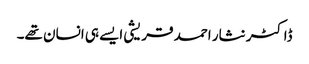
ڈاکٹر نثار احمد قریشی ایسے ہی انسان تھے۔